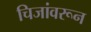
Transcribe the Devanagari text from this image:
चिजांवरून